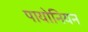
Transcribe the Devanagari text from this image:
पायोनियन